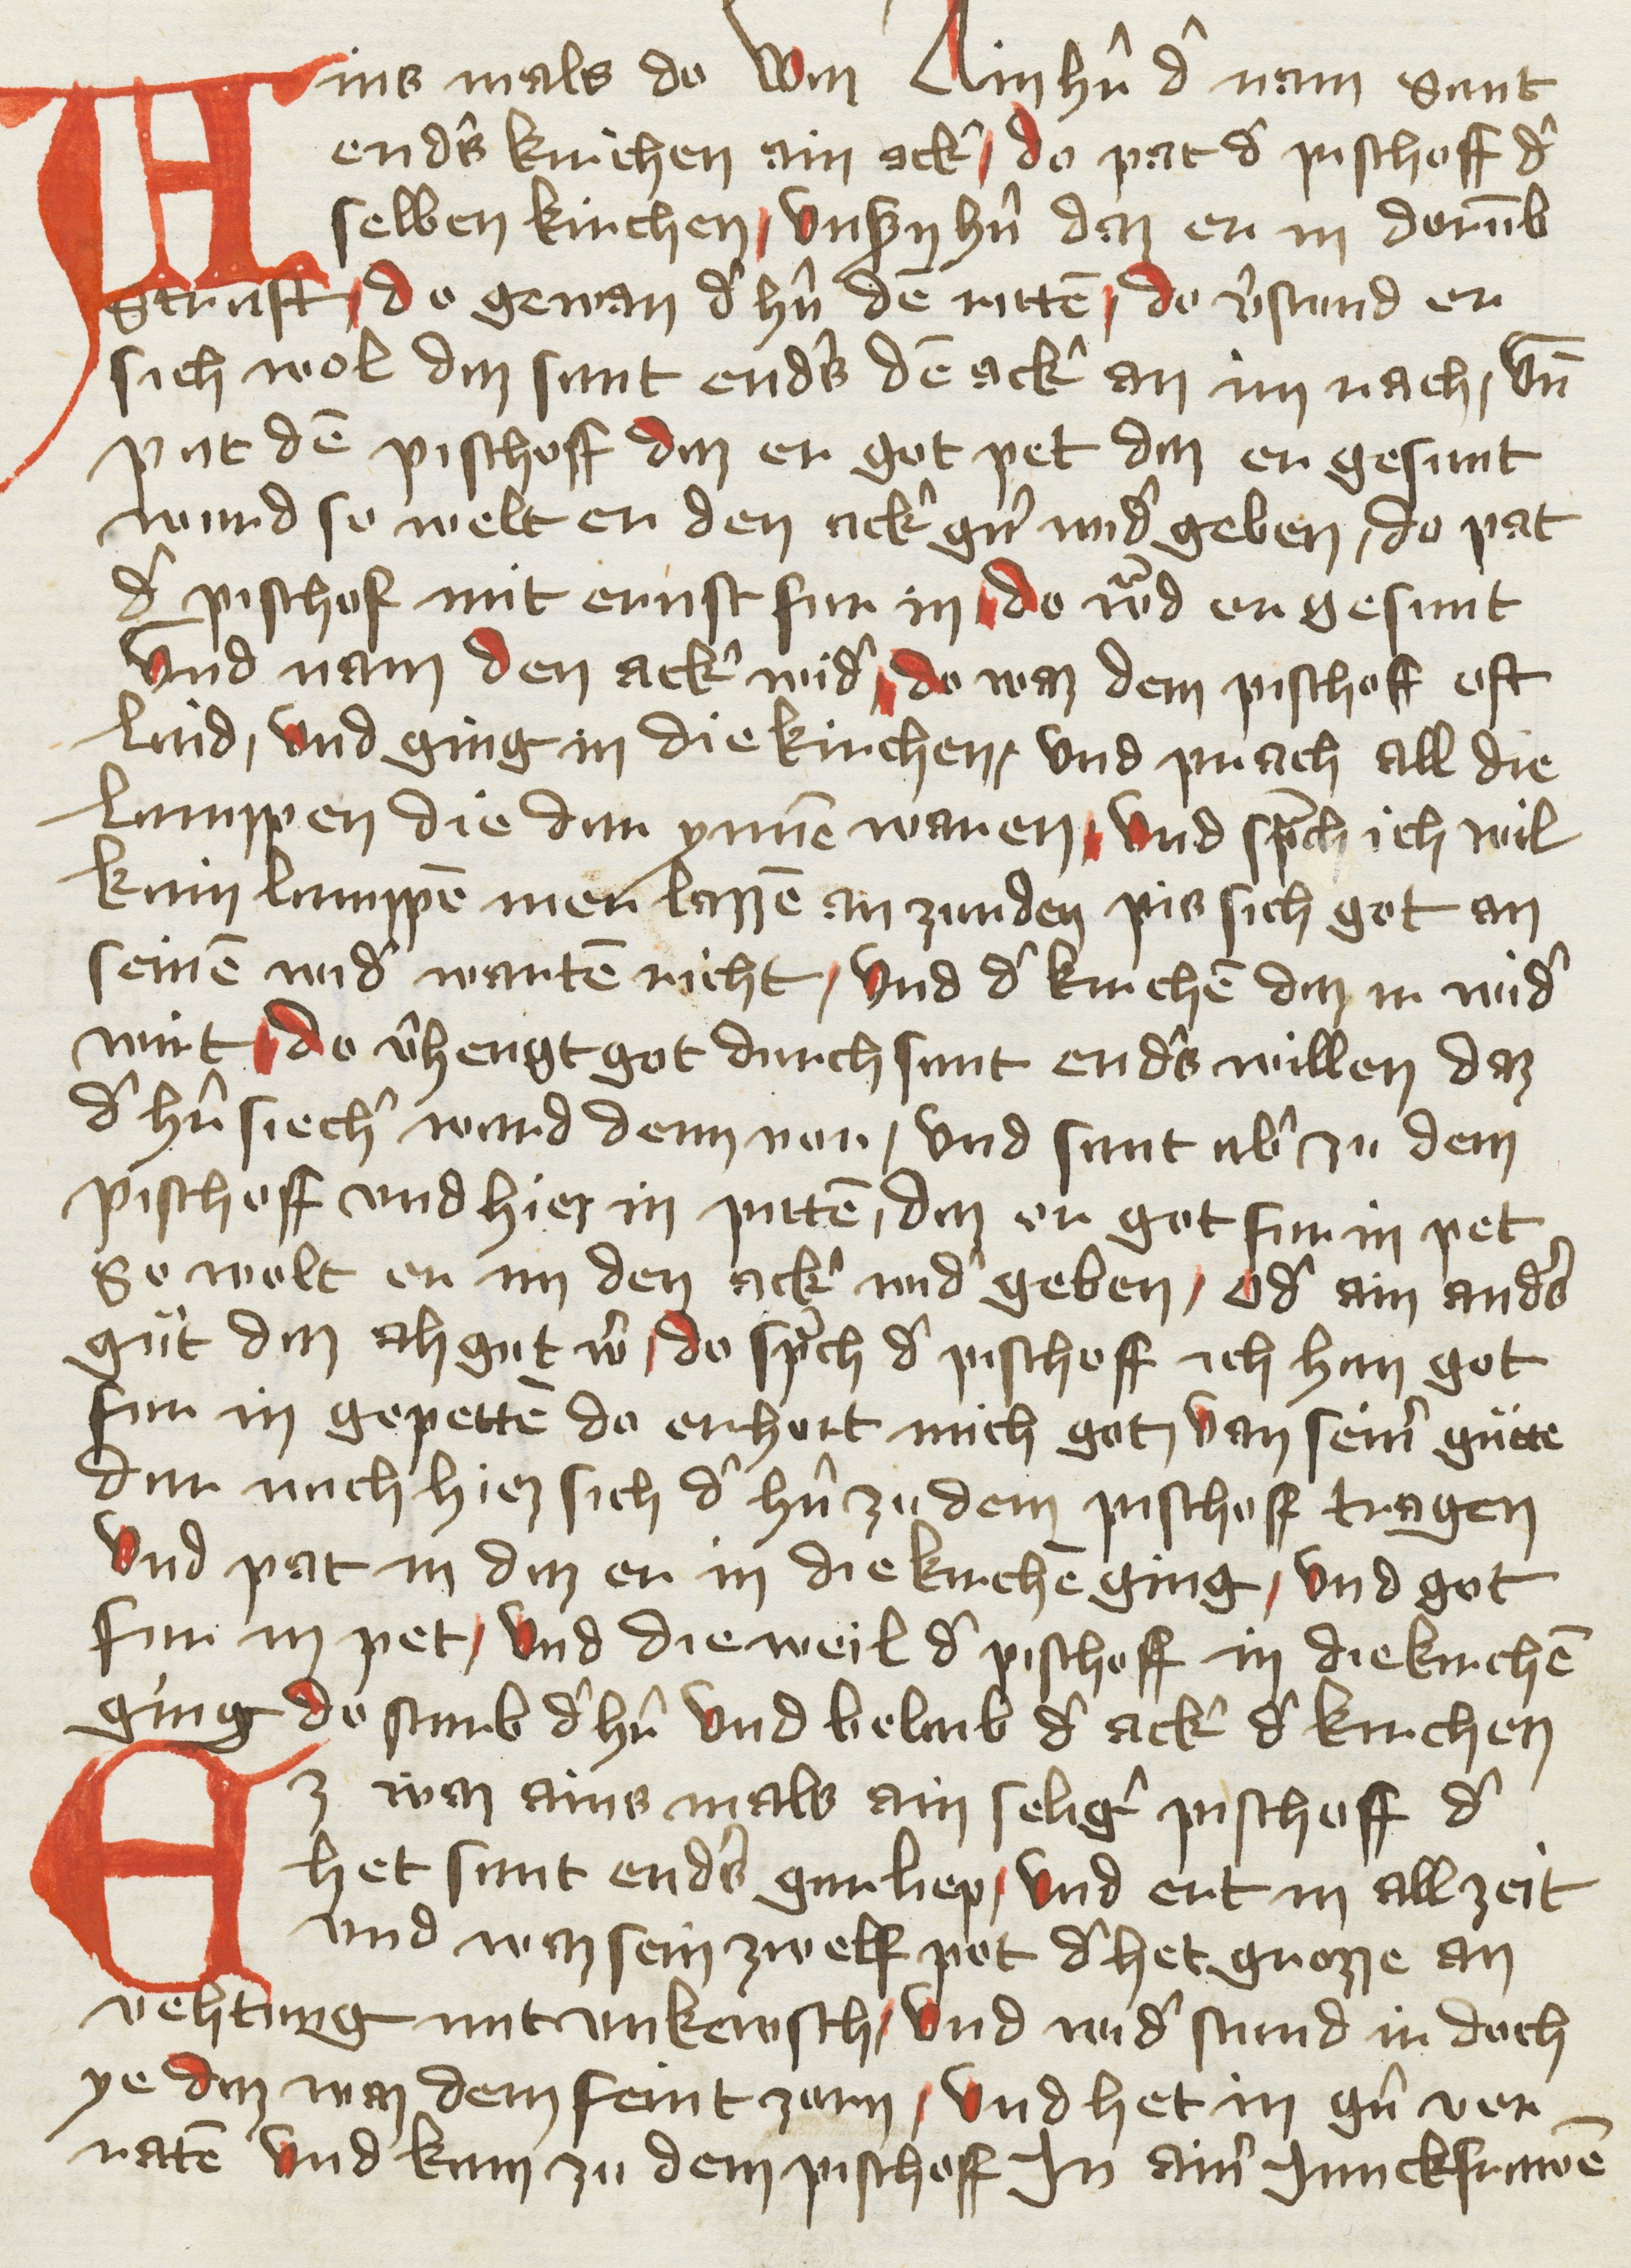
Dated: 1400–1499